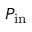
P _ { \mathrm { i n } }